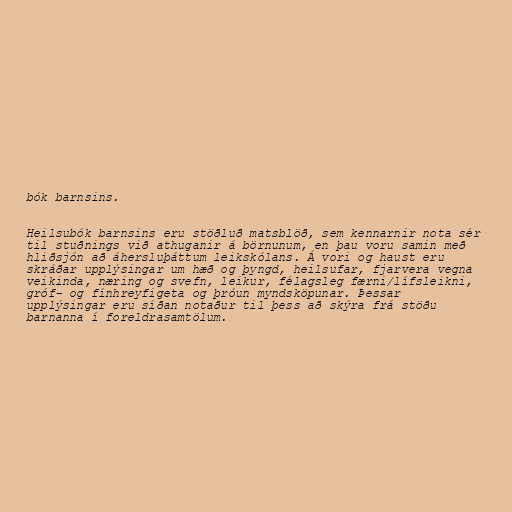
bók barnsins.

Heilsubók barnsins eru stöðluð matsblöð, sem kennarnir nota sér
til stuðnings við athuganir á börnunum, en þau voru samin með
hliðsjón að áhersluþáttum leikskólans. Á vori og haust eru
skráðar upplýsingar um hæð og þyngd, heilsufar, fjarvera vegna
veikinda, næring og svefn, leikur, félagsleg færni/lífsleikni,
gróf- og fínhreyfigeta og þróun myndsköpunar. Þessar
upplýsingar eru síðan notaður til þess að skýra frá stöðu
barnanna í foreldrasamtölum.